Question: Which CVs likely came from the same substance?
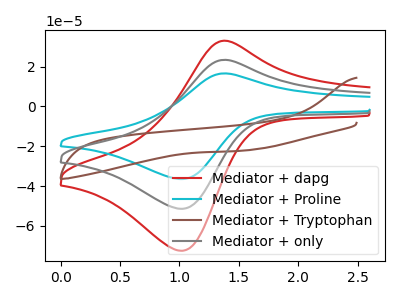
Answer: <think>The red curve "Mediator + dapg" has an anodic peak at (1.40V, 46.80uA) and a cathodic peak at (1.05V, -102.80uA). The cyan curve "Mediator + Proline" has an anodic peak at (1.40V, 16.60uA) and a cathodic peak at (1.05V, -36.45uA). The brown curve "Mediator + Tryptophan" has no peaks. The gray curve "Mediator + only" has an anodic peak at (1.40V, 23.40uA) and a cathodic peak at (1.05V, -51.40uA).
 All the peaks in "Mediator + dapg" have a peak in "Mediator + Proline" at the same potential. Every peak in "Mediator + dapg" is higher than every peak in "Mediator + Proline". "Mediator + dapg" and "Mediator + Tryptophan" have a different number of peaks. All the peaks in "Mediator + dapg" have a peak in "Mediator + only" at the same potential. Every peak in "Mediator + dapg" is higher than every peak in "Mediator + only". "Mediator + Proline" and "Mediator + Tryptophan" have a different number of peaks. All the peaks in "Mediator + Proline" have a peak in "Mediator + only" at the same potential. Every peak in "Mediator + Proline" is lower than every peak in "Mediator + only". "Mediator + Tryptophan" and "Mediator + only" have a different number of peaks.</think>
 <answer>"Mediator + Proline", "Mediator + dapg" and "Mediator + only" have the same shape and are likely CV's of the same chemical.</answer>
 <eval>"Mediator + Proline" "Mediator + dapg" "Mediator + only"</eval>